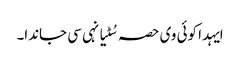
ایہدا کوئی وی حصہ سُٹیا نہی سی جاندا۔